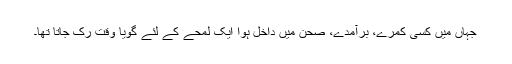
جہاں میں کسی کمرے، برآمدے، صحن میں داخل ہوا ایک لمحے کے لئے گویا وقت رک جاتا تھا۔